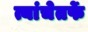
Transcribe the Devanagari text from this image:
त्यांचेतर्फे